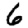
Digit: 6